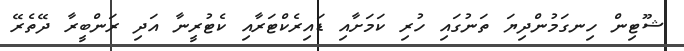
ޝޫޓިން ހިނގަމުންދިޔަ ތަނުގައި ހުރި ކަމަށާއި ޑައިރެކްޓަރާއި ކެޓުރީނާ އަދި ރަންބީރާ ދޭތެރޭ